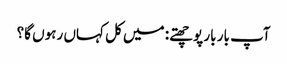
آپ بار بار پوچھتے: میں کل کہاں رہوں گا؟